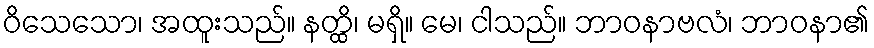
ဝိသေသော၊ အထူးသည်။ နတ္ထိ၊ မရှိ။ မေ၊ ငါသည်။ ဘာဝနာဗလံ၊ ဘာဝနာ၏